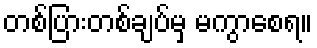
တစ်ပြားတစ်ချပ်မှ မကွာစေရ။